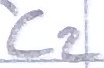
Text: C2